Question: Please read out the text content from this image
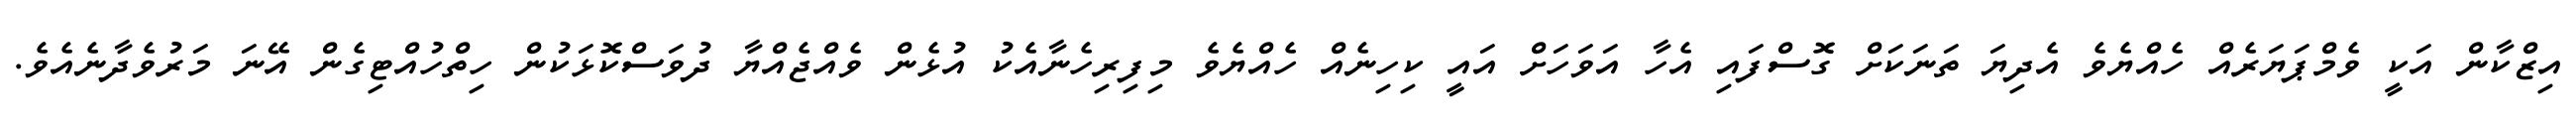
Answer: އިޒްކާން އަކީ ވެމްޕަޔަރެއް ހެއްޔެވެ އެދިޔަ ތަނަކަށް ގޮސްފައި އެހާ އަވަހަށް އައީ ކިހިނެއް ހެއްޔެވެ މިފިރިހެނާއެކު އުޅެން ވެއްޖެއްޔާ ދުވަސްކޮޅަކުން ހިތްހުއްޓިގެން އޭނަ މަރުވެދާނެއެވެ.